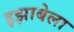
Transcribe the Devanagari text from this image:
इझाबेला